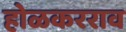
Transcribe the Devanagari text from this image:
होळकरराव